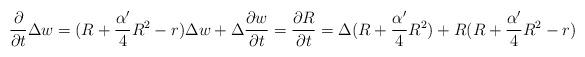
LaTeX: \begin{align*}\frac{\partial}{\partial t}\Delta w&=(R+\frac{\alpha'}{4}R^2-r)\Delta w+\Delta\frac{\partial w}{\partial t}=\frac{\partial R}{\partial t}=\Delta(R+\frac{\alpha'}{4}R^2)+R(R+\frac{\alpha'}{4}R^2-r)\end{align*}